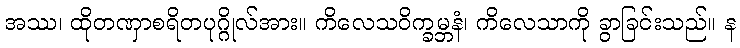
အဿ၊ ထိုတဏှာစရိတပုဂ္ဂိုလ်အား။ ကိလေသဝိက္ခမ္ဘနံ၊ ကိလေသာကို ခွာခြင်းသည်။ န